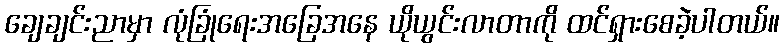
ချေချင်းညာမှာ လုံခြုံရေးအခြေအနေ ယိုယွင်းလာတာကို ထင်ရှားစေခဲ့ပါတယ်။